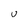
Character: U